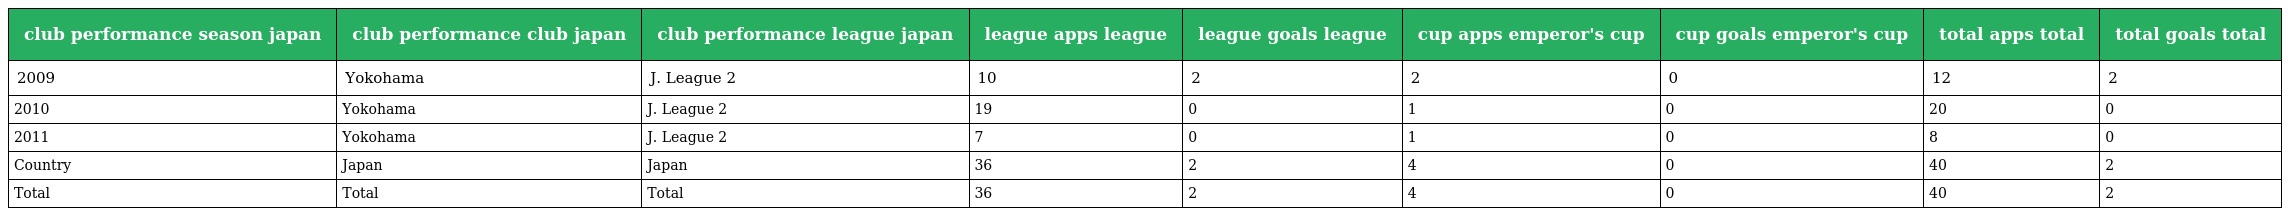
| club performance season japan | club performance club japan | club performance league japan | league apps league | league goals league | cup apps emperor's cup | cup goals emperor's cup | total apps total | total goals total |
 | --- | --- | --- | --- | --- | --- | --- | --- | --- |
 | 2009 | Yokohama | J. League 2 | 10 | 2 | 2 | 0 | 12 | 2 |
 | 2010 | Yokohama | J. League 2 | 19 | 0 | 1 | 0 | 20 | 0 |
 | 2011 | Yokohama | J. League 2 | 7 | 0 | 1 | 0 | 8 | 0 |
 | Country | Japan | Japan | 36 | 2 | 4 | 0 | 40 | 2 |
 | Total | Total | Total | 36 | 2 | 4 | 0 | 40 | 2 |